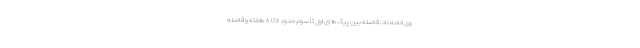
وی ادامه داد: فاصله بین پیک های اول تا سوم حدود ۶ تا ۸ هفته و فاصله